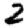
Digit: 2